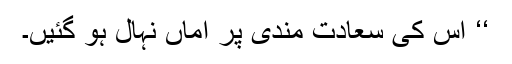
‘‘ اس کی سعادت مندی پر اماں نہال ہو گئیں۔